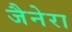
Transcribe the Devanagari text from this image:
जैनेरा